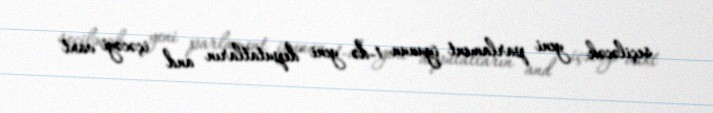
seçiləcək yeni parlament iyunun 1-də yeni deputatların and içəcəyi vaxt